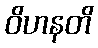
ဝိဟနတိ